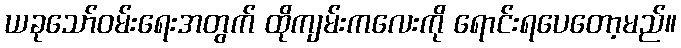
ယခုသော်ဝမ်းရေးအတွက် ထိုကျမ်းကလေးကို ရောင်းရပေတော့မည်။